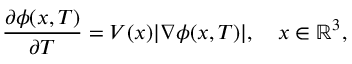
\frac { \partial \phi ( \boldsymbol { x } , T ) } { \partial T } = V ( \boldsymbol { x } ) | \nabla \phi ( \boldsymbol { x } , T ) | , \quad \boldsymbol { x } \in \mathbb { R } ^ { 3 } ,